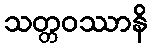
သတ္တဝဿာနိ